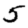
Digit: 5